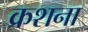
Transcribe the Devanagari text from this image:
क्रशना